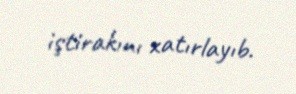
iştirakını xatırlayıb.